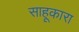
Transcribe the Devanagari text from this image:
साहूकारा